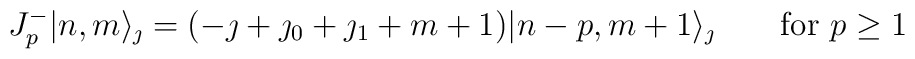
J^-_p|n,m\rangle_{\jmath}=(-\jmath+\jmath_0+\jmath_1+m+1) |n-p,m+1 \rangle_{\jmath}\qquad \mbox{for $p \geq 1$}